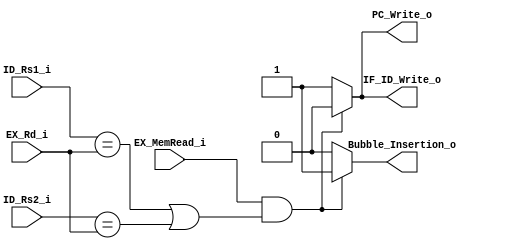
module Hazard_Detection
(
    IF_ID_Write_o,          //For stoping the next instruction to stored into the ID register. When hazard detected, output 0. Otherwise, output 1.
    PC_Write_o,             //For stoping the program counter from counting down. When hazard detected, output 0. Otherwise, output 1.
    Bubble_Insertion_o,     //For inserting the Bubble into the ID/EX register. When hazard detected, output 1. Otherwise, output 0.
    ID_Rs1_i,               //Source Register 1 for the ID operation.
    ID_Rs2_i,               //Source Register 2 for the ID operation.
    EX_MemRead_i,           //If the EX operation read data from memory.
    EX_Rd_i                 //The destination register for the ID/EX operation.
);

input           EX_MemRead_i;
input   [4:0]   ID_Rs1_i, ID_Rs2_i, EX_Rd_i;
output          IF_ID_Write_o, PC_Write_o, Bubble_Insertion_o;

reg             IF_ID_Write_o, PC_Write_o, Bubble_Insertion_o;


always @( EX_MemRead_i or ID_Rs1_i or ID_Rs2_i or EX_Rd_i ) begin
    
    IF_ID_Write_o <= 1'b1;
    PC_Write_o <= 1'b1;
    Bubble_Insertion_o <= 1'b0;
    
    //when hazard detected:
    if ( (EX_MemRead_i == 1'b1) && ((ID_Rs1_i == EX_Rd_i) || (ID_Rs2_i == EX_Rd_i)) ) begin
        IF_ID_Write_o <= 1'b0;
        PC_Write_o <= 1'b0;
        Bubble_Insertion_o <= 1'b1;
    end

end

endmodule